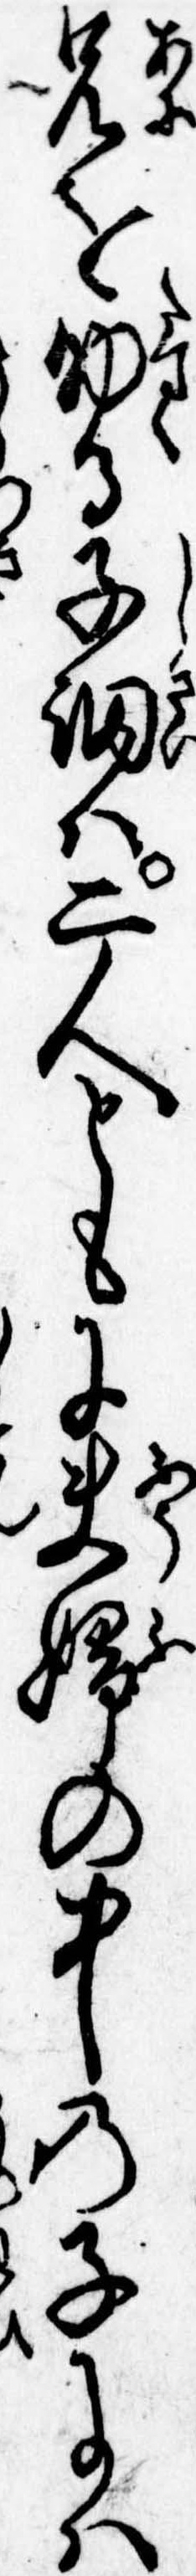
兄を助る子細は二人ともに夫婦の中の子には